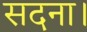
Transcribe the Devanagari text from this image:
सदना।